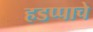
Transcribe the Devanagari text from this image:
हडप्पाचे